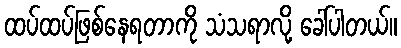
ထပ်ထပ်ဖြစ်နေရတာကို သံသရာလို့ ခေါ်ပါတယ်။